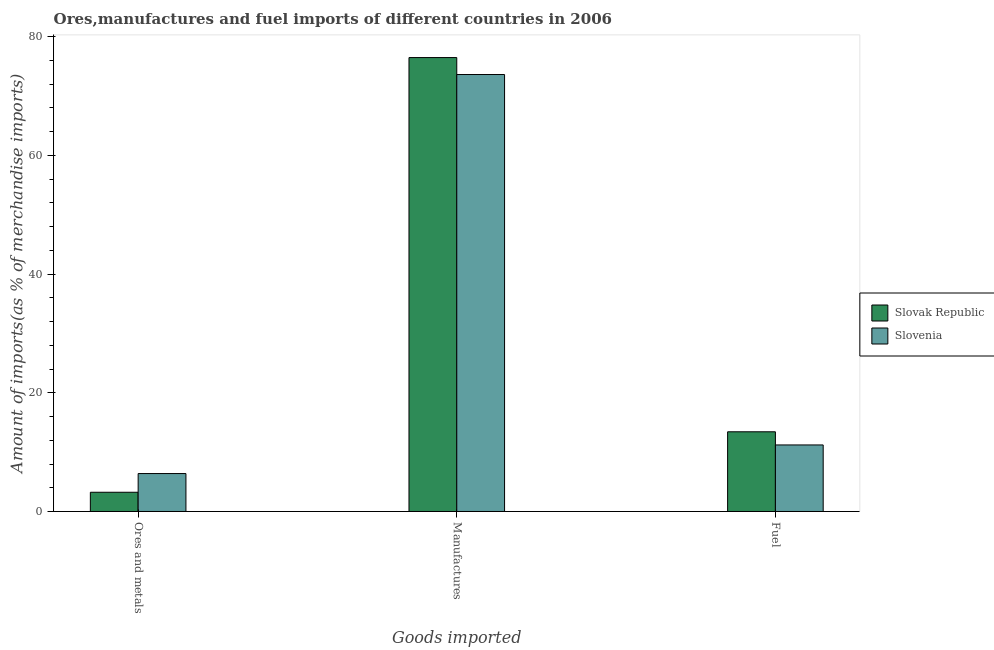
| Goods imported | Slovak Republic | Slovenia |
 | --- | --- | --- |
 | Ores and metals | 3.24 | 6.39 |
 | Manufactures | 76.5 | 73.6 |
 | Fuel | 13.4 | 11.2 |